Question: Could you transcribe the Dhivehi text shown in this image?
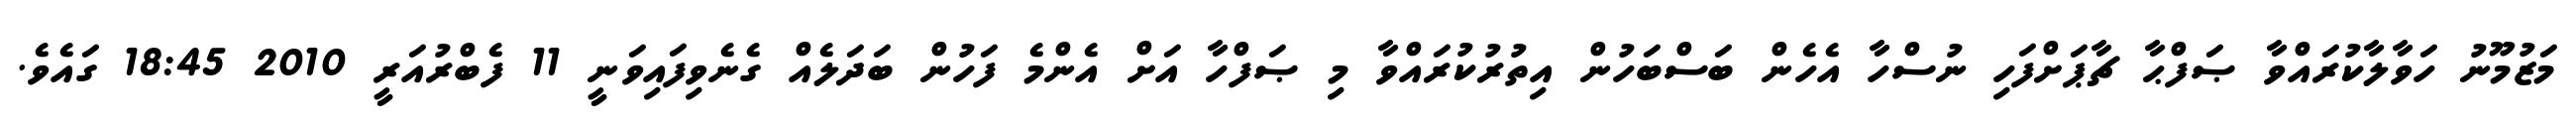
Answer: މަޒުމޫނު ހަވާލާކުރައްވާ ޞަފްޙާ ޗާޕަށްފަހި ނުސްހާ އެހެން ބަސްބަހުން އިތުރުކުރައްވާ މި ޞަފްހާ އަށް އެންމެ ފަހުން ބަދަލެއް ގެނެވިފައިވަނީ 11 ފެބްރުއަރީ 2010 18:45 ގައެވެ.